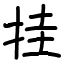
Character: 挂